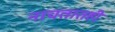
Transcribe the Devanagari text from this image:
नाचतातही